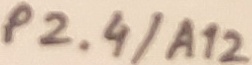
Text: P2.4/A12